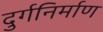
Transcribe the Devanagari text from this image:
दुर्गनिर्माण